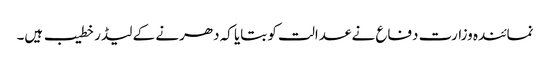
نمائندہ وزارت دفاع نے عدالت کو بتایا کہ دھرنے کے لیڈر خطیب ہیں۔